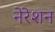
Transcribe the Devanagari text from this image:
नेरेशन